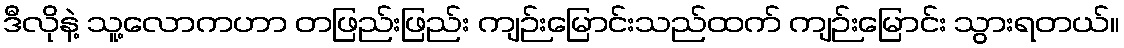
ဒီလိုနဲ့ သူ့လောကဟာ တဖြည်းဖြည်း ကျဉ်းမြောင်းသည်ထက် ကျဉ်းမြောင်း သွားရတယ်။